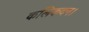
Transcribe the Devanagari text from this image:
कलिकदन।